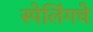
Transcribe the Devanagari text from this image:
स्पेलिंगचे